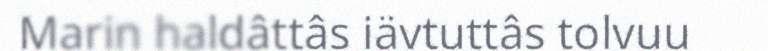
Marin haldâttâs iävtuttâs tolvuu